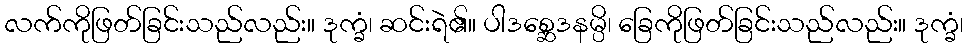
လက်ကိုဖြတ်ခြင်းသည်လည်း။ ဒုက္ခံ၊ ဆင်းရဲ၏။ ပါဒစ္ဆေဒနမ္ပိ၊ ခြေကိုဖြတ်ခြင်းသည်လည်း။ ဒုက္ခံ၊